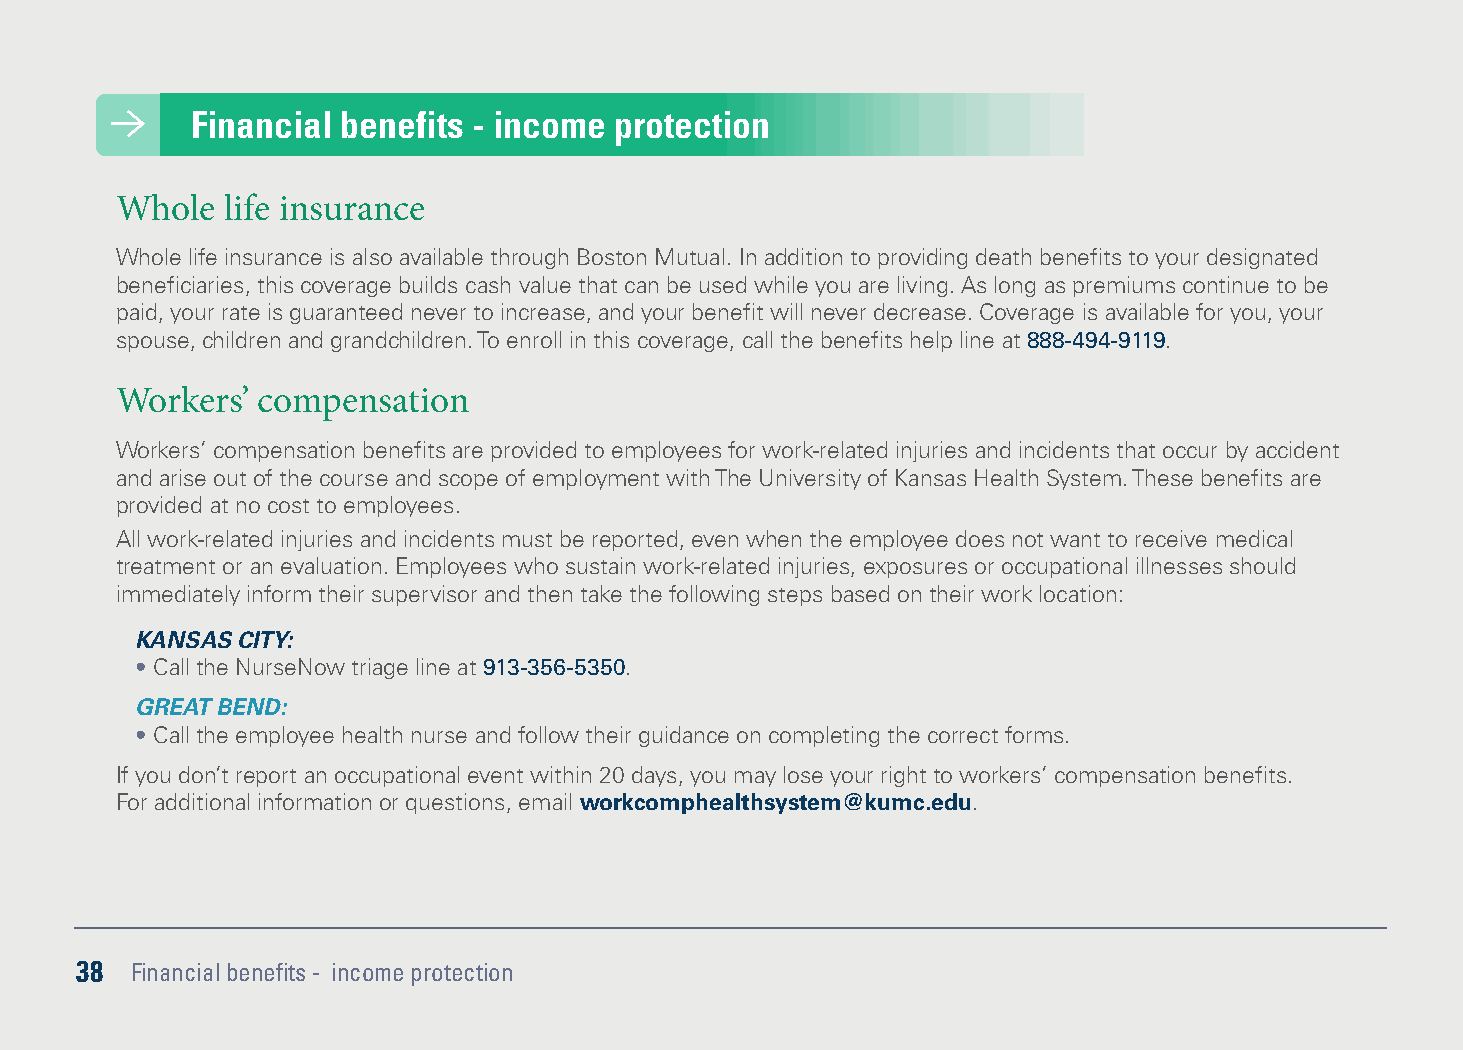
Financial benefits - income protection
 Whole  life insurance
 Whole life insurance is also available through Boston Mutual. In addition to providing death benefits to your designated
 beneficiaries, this coverage builds cash value that can be used while you are living. As long as premiums continue to be
 paid, your rate is guaranteed never to increase, and your benefit will never decrease. Coverage is available for you, your
 spouse, children and grandchildren. To enroll in this coverage, call the benefits help line at 888-494-9119.
 Workers’ compensation
 Workers’ compensation benefits are provided to employees for work-related injuries and incidents that occur by accident
 and arise out of the course and scope of employment with The University of Kansas Health System. These benefits are
 provided at no cost to employees.
 All work-related injuries and incidents must be reported, even when the employee does not want to receive medical
 treatment or an evaluation. Employees who sustain work-related injuries, exposures or occupational illnesses should
 immediately inform their supervisor and then take the following steps based on their work location:
 KANSAS CITY:
 • Call the NurseNow triage line at 913-356-5350.
 GREAT BEND:
 • Call the employee health nurse and follow their guidance on completing the correct forms.
 If you don’t report an occupational event within 20 days, you may lose your right to workers’ compensation benefits.
 For additional information or questions, email workcomphealthsystem@kumc.edu.
 38  Financial benefits - income protection